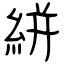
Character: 絣